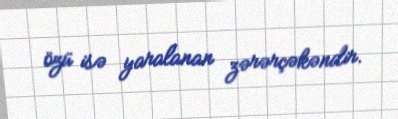
özü isə yaralanan zərərçəkəndir.